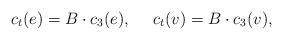
LaTeX: \begin{align*}c_t(e)=B\cdot c_3(e), ~~~~c_t(v)=B\cdot c_3(v),\end{align*}